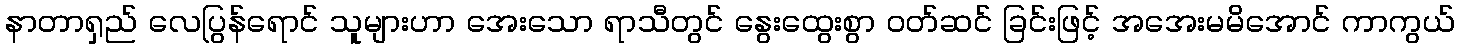
နာတာရှည် လေပြွန်ရောင် သူများဟာ အေးသော ရာသီတွင် နွေးထွေးစွာ ၀တ်ဆင် ခြင်းဖြင့် အအေးမမိအောင် ကာကွယ်